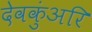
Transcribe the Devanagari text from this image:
देवकुंअरि